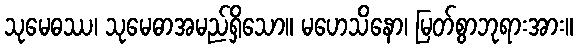
သုမေဓဿ၊ သုမေဓာအမည်ရှိသော။ မဟေသိနော၊ မြတ်စွာဘုရားအား။